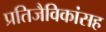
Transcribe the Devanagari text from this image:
प्रतिजैविकांसह